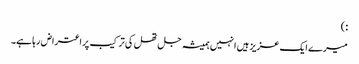
:)
میرے ایک عزیز ہیں انہیں ہمیشہ جل تھل کی ترکیب پر اعتراض رہا ہے۔